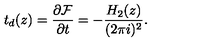
t _ { d } ( z ) = \frac { \partial { \cal F } } { \partial t } = - \frac { H _ { 2 } ( z ) } { ( 2 \pi i ) ^ { 2 } } .